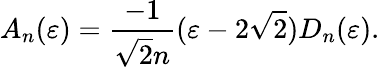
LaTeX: A_{n}(\varepsilon)=\frac{-1}{\sqrt{2}n}(\varepsilon-2\sqrt{2})D_{n}(\varepsilon).